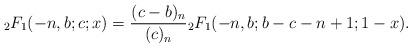
LaTeX: \begin{align*}{}_{2}F_{1}(-n,b;c;x)=\frac{(c-b)_{n}}{(c)_{n}}{}_{2}F_{1}(-n,b;b-c-n+1;1-x).\end{align*}